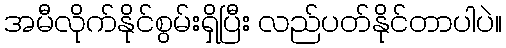
အမီလိုက်နိုင်စွမ်းရှိပြီး လည်ပတ်နိုင်တာပါပဲ။